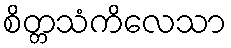
စိတ္တသံကိလေသာ